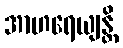
အာဟရေယျန္တိ